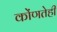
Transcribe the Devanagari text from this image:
कोंणतेही